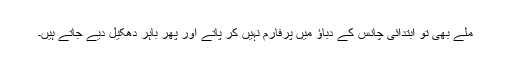
ملے بھی تو ابتدائی چانس کے دباؤ میں پرفارم نہیں کر پاتے اور پھر باہر دھکیل دیے جاتے ہیں۔